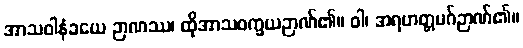
အာသဝါနံခယေ ဉာဏဿ၊ ထိုအာသဝက္ခယဉာဏ်၏။ ဝါ၊ အရဟတ္တမဂ်ဉာဏ်၏။